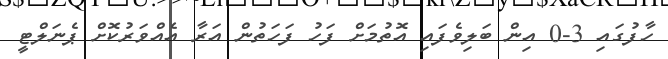
ހާފުގައި 3-0 އިން ބަލިވެފައި އޮތުމަށް ފަހު ފަހަތުން އަރާ އެއްވަރުކޮށް ޕެނަލްޓީ